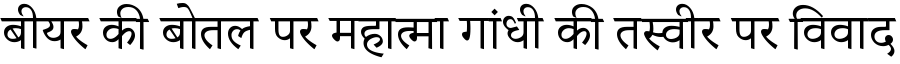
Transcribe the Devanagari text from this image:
बीयर की बोतल पर महात्मा गांधी की तस्वीर पर विवाद